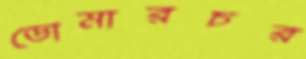
ডোমারচর